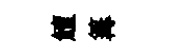
鱣篝